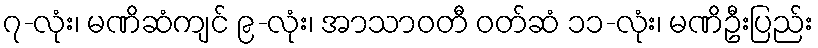
၇-လုံး၊ မဏိဆံကျင် ၉-လုံး၊ အာသာဝတီ ဝတ်ဆံ ၁၁-လုံး၊ မဏိဦးပြည်း